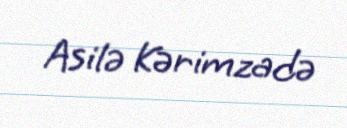
Asilə Kərimzadə